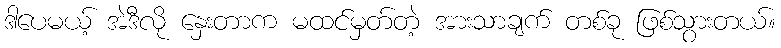
ဒါပေမယ့် အဲဒီလို နှေးတာက မထင်မှတ်တဲ့ အားသာချက် တစ်ခု ဖြစ်သွားတယ်။